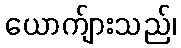
ယောက်ျားသည်၊